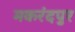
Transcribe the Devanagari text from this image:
मकरंदपुर